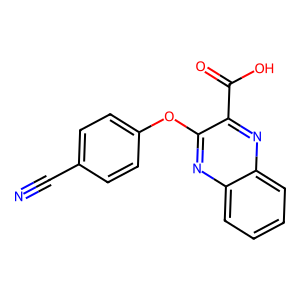
SMILES: N#Cc1ccc(Oc2nc3ccccc3nc2C(=O)O)cc1
Inhibits HIV replication: No